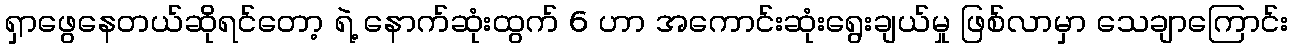
ရှာဖွေနေတယ်ဆိုရင်တော့ ရဲ့ နောက်ဆုံးထွက် 6 ဟာ အကောင်းဆုံးရွေးချယ်မှု ဖြစ်လာမှာ သေချာကြောင်း